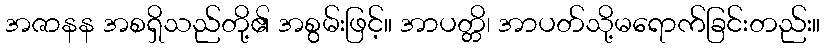
အဇာနန အစရှိသည်တို့၏ အစွမ်းဖြင့်။ အာပတ္တိ၊ အာပတ်သို့မရောက်ခြင်းတည်း။